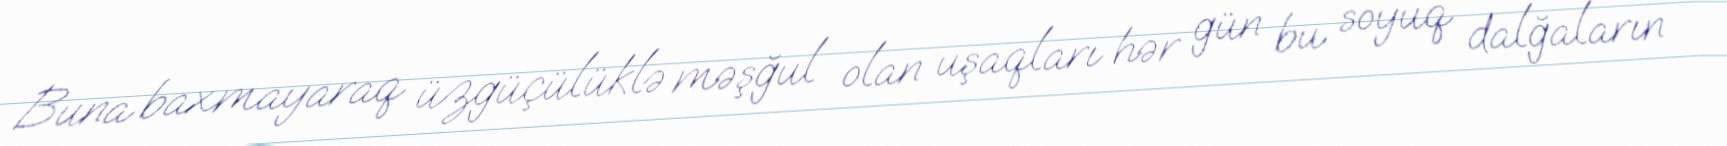
Buna baxmayaraq üzgüçülüklə məşğul olan uşaqları hər gün bu soyuq dalğaların